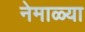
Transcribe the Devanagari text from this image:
नेमाळ्या